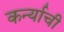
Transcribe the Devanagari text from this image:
कर्न्याची